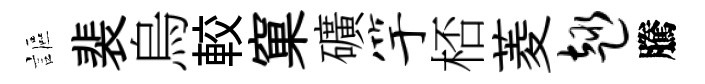
謳裴烏較窠礦竽桮菱趣騰